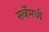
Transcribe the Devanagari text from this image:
सर्व्हेमध्ये